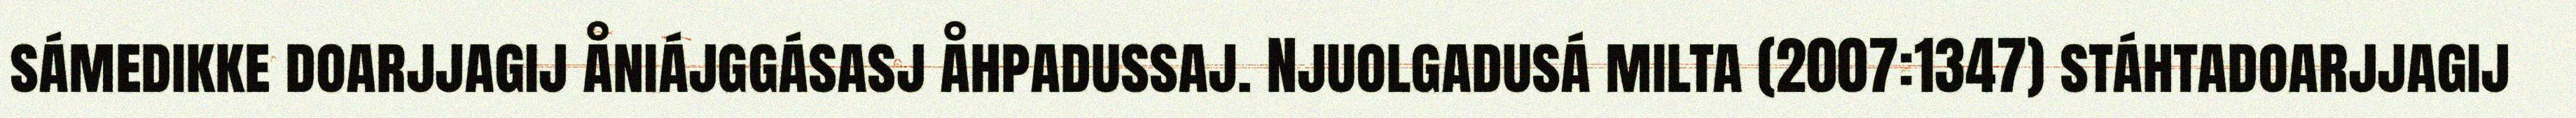
sámedikke doarjjagij åniájggásasj åhpadussaj. Njuolgadusá milta (2007:1347) stáhtadoarjjagij